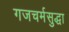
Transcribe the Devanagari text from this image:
गजचर्मसुद्धा